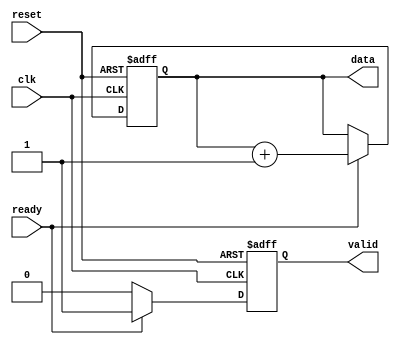
module producer (
    input wire clk,
    input wire reset,
    output reg [7:0] data,
    output reg valid,
    input wire ready
);
    // Simple data generation logic
    always @(posedge clk or posedge reset) begin
        if (reset) begin
            data <= 8'b0;
            valid <= 1'b0;
        end else begin
            // Generate new data and set valid when ready is high
            if (ready) begin
                data <= data + 1; // Example data generation
                valid <= 1'b1;    // Indicate data is valid
            end else begin
                valid <= 1'b0;    // Reset valid if not ready
            end
        end
    end
endmodule